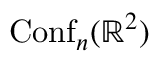
\operatorname { C o n f } _ { n } ( \mathbb { R } ^ { 2 } )